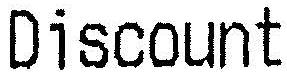
DISCOUNT